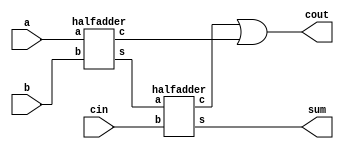
module full_adder(input a,
                  input b,
                  input cin,
                  output sum,
                  output cout);
  
  wire x,y,z;
  halfadder ha1(.a(a),.b(b),.s(x),.c(y));
  halfadder ha2(.a(x),.b(cin),.s(sum),.c(z));
  or or1(cout,z,y);
  endmodule

    module halfadder(input a,
                      input b,
                      output s,
                      output c);
      xor xor1(s,a,b);
      and and1(c,a,b);
    endmodule